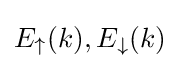
E_{\uparrow }(k),E_{\downarrow }(k)